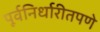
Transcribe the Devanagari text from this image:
पूर्वनिर्धारीतपणे